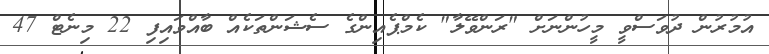
އުމުރުން ދުވަސްވީ މީހުންނަށް "ރަންވޭލާ" ކެމްޕެއިންގެ ސެޝަންތަކެއް ބާއްވައިފި 22 މިނެޓް 47